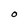
Character: 0